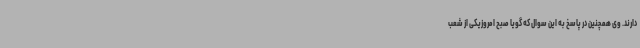
دارند. وی همچنین در پاسخ به این سوال که گویا صبح امروزیکی از شعب